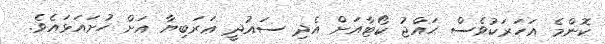
ކޮންމެ އަހަރަކުވެސް ޙައްޖު ކޯޓާއަށް އެދި ސައުދީ ޢަރަބިޔާ އަށް ހުށައަޅައެވެ.